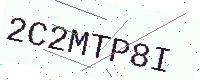
Text: 2C2MTP8I